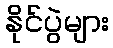
နိုင်ပွဲများ